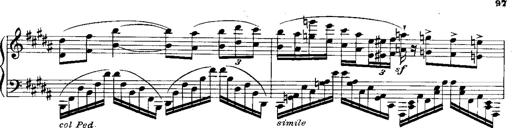
Title: RÃ©miniscences de Norma de Bellini
Composer: Franz Liszt